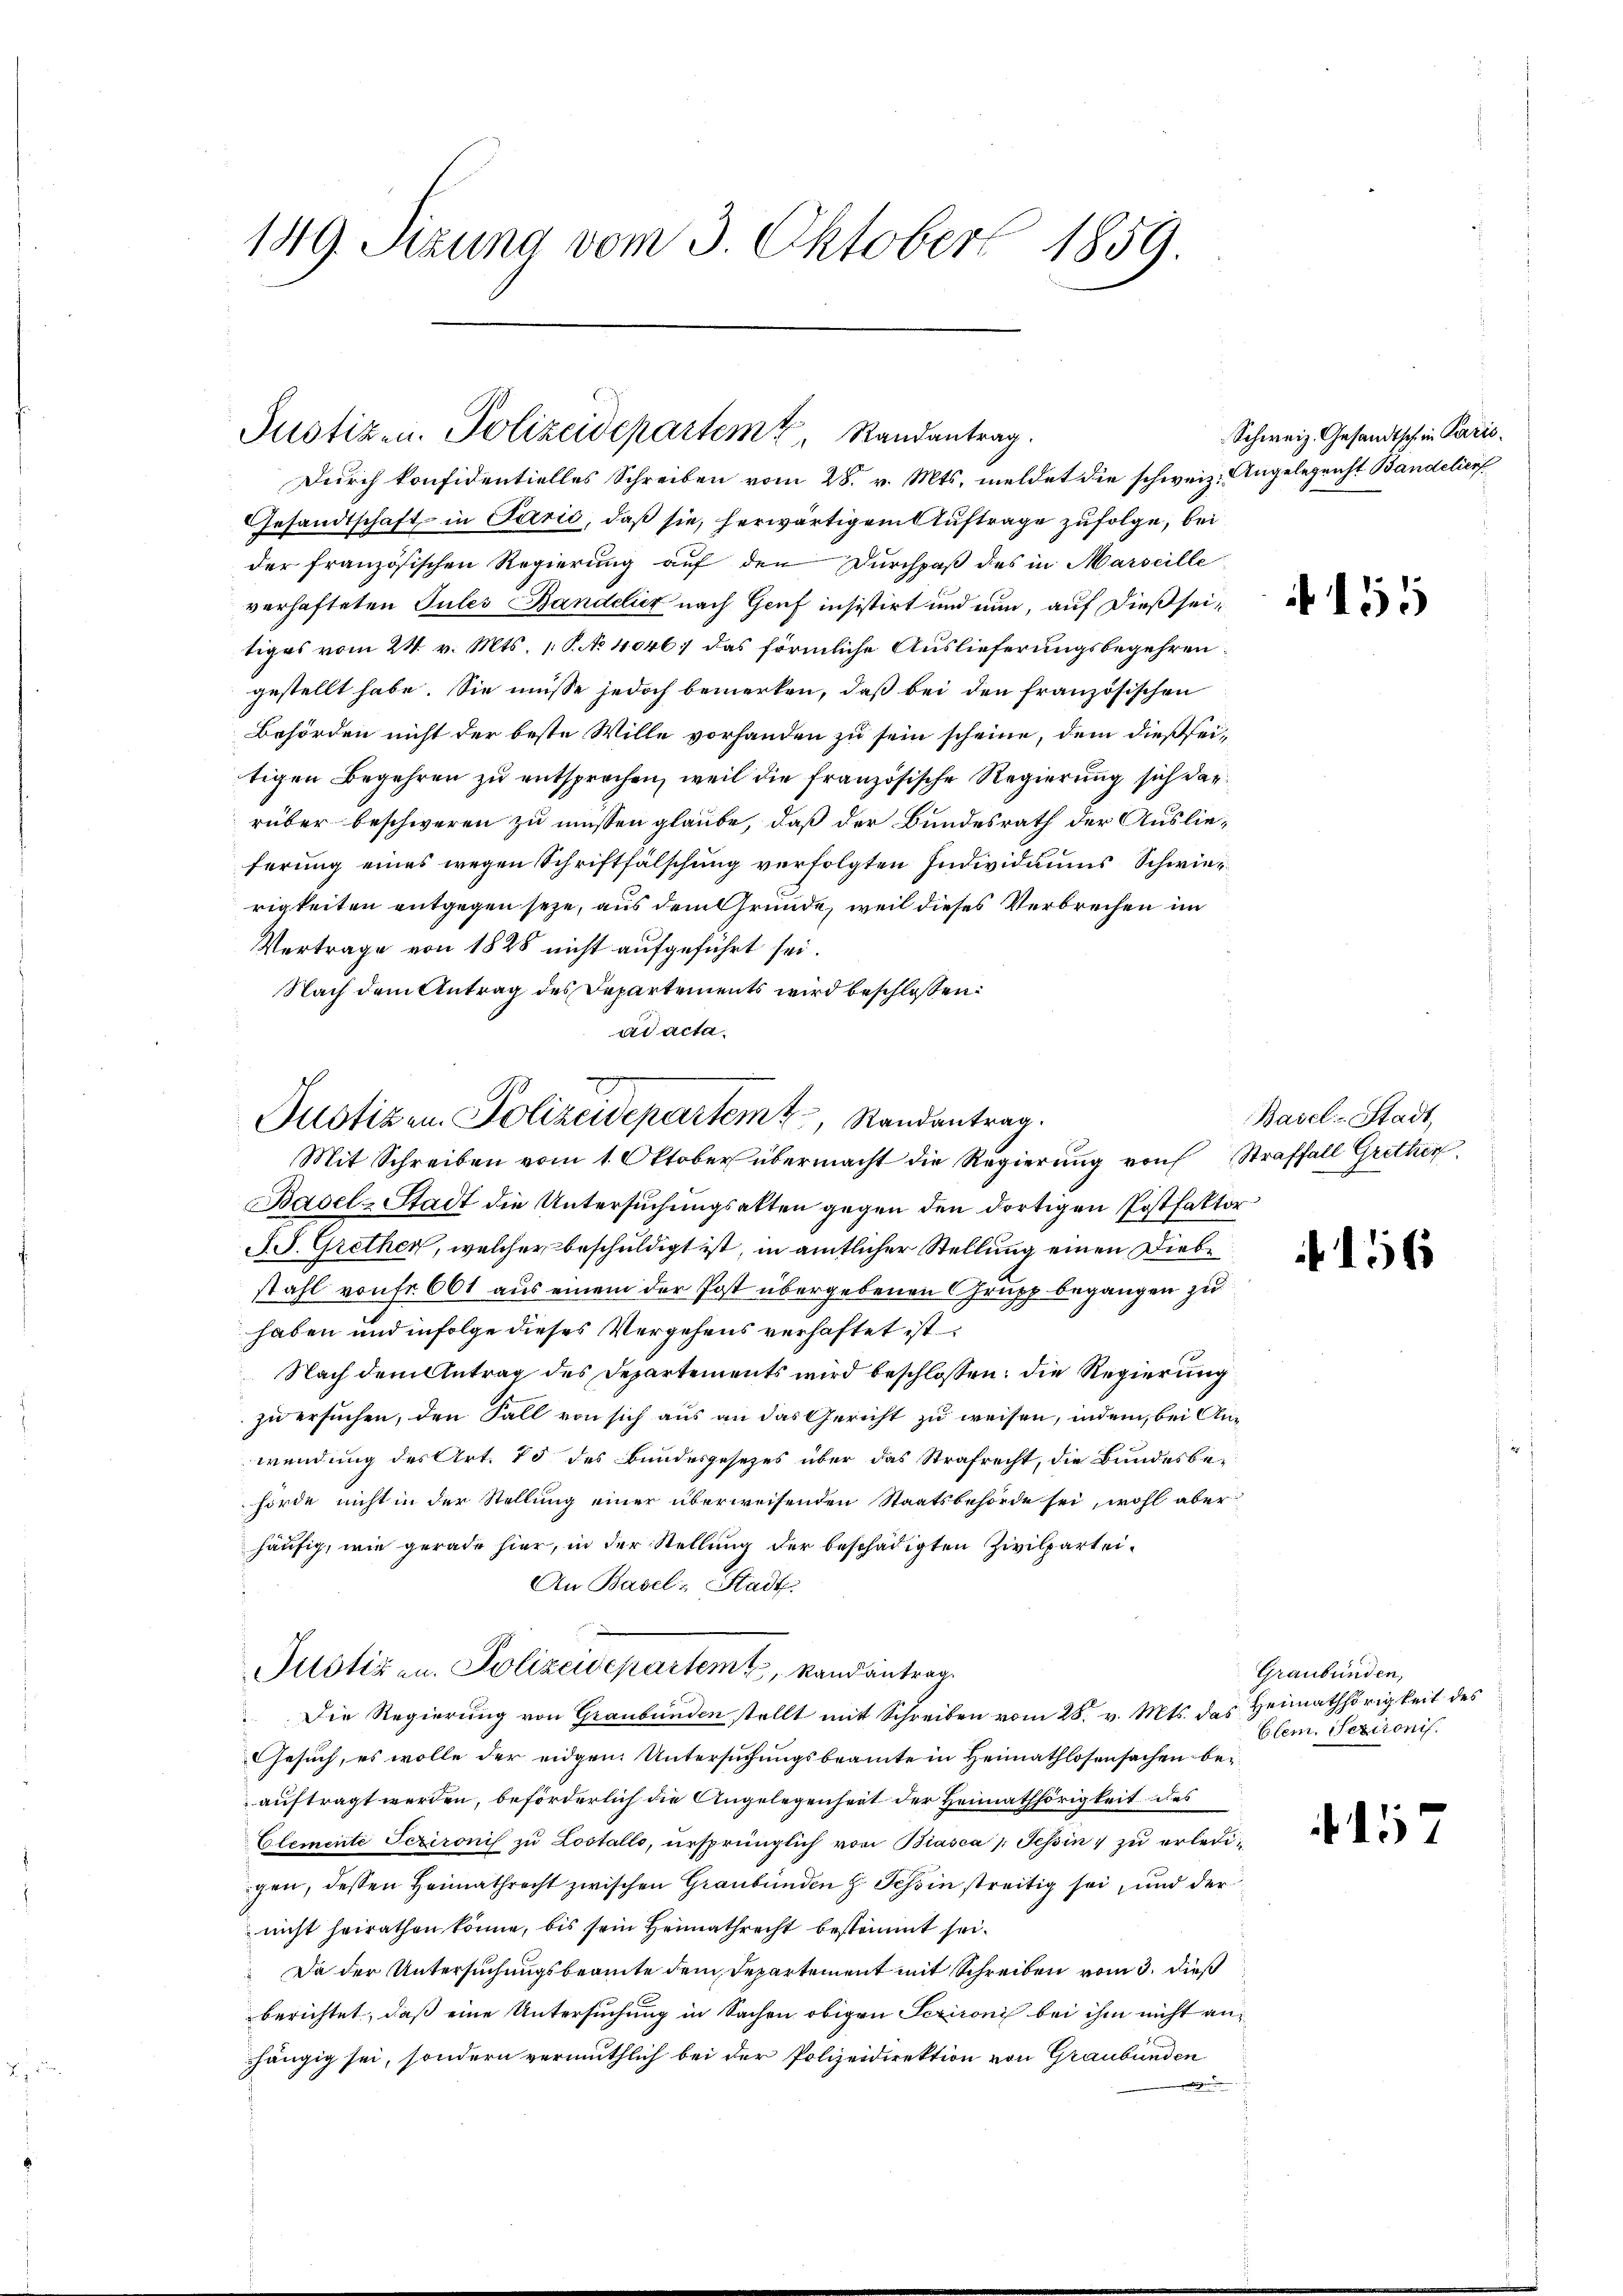
149. Sizung vom 3. Oktober 1859.

Gesandtschaft in Parić, daß sie, herwärtigem Auftrage zufolge, bei
der französischen Regierung auf den Durchpaß des in Marseille
verhafteten Jules Bandelicz nach Genf insistirt und nun, auf dießseitiges vom 24. v. Mts. 1. P. No 4046 das förmliche Auslieferungsbegehren
gestellt habe. Sie müsse jedoch bemerken, daß bei den französischen
Behörden nicht der beste Wille vorhanden zu sein scheine, dem dießseitigen Begehren zu entsprechen, weil die französische Regierung sich darrüber beschweren zu müssen glaube, daß der Bundesrath der Auslieferung eines wegen Schriftfälschung verfolgten Individuums Schwierrigkeiten entgegen seye, aus dem Gründe, weil dieses Verbrechen im
Vertrage von 1828 nicht aufgeführt sei.
Nach dem Antrag des Departements wird beschlossen:
ad acta.
Mit Schreiben vom 1. Oktober übermacht die Regierung von Straffall Grither
Basel-Stadt die Untersuchungsakten gegen den dortigen Postfaktor
SS. Grether, welcher beschuldigt ist, in amtlicher Stellung einen Diebe
stahl von fr. 661 aus einem der Post übergebenen Grupp begangen zu
haben und infolge dieses Vergehens verhaftet ist
Nach dem Antrag des Departements wird beschlossen: die Regierung
zu ersuchen, den Fall von sich aus an das Gericht zu weisen, indem, bei Anwendung des Art. 15 des Bundesgesetzes über das Strafrecht, die Bundesbehörde nicht in der Stellung einer überweisenden Staatsbehörde sei, wohl aber
häufig, wie gerade hier, in der Stellung der beschädigten Zivilpartei¬
An Basel-Stadt.
Justiz u. Polizeidepartem Randantrag
Die Regierung von Graubünden stellt mit Schreiben vom 28. v. Mts. des Heimathörigkeit des
Gesuch, es wolle der eidgen. Untersuchungsbeamte in Heimathlosensachen beauftragt werden, beförderlich die Angelegenheit der Heimathörigkeit des
Elemente Sczironis zŭ Lostallo, ursprünglich von Biasca /: Tessin zŭ erledigen, dessen Heimathrecht zwischen Graubünden H. Schin streitig sei, und der
nicht heirathen könne, bis sein Heimathrecht bestimmt sei.
Da der Untersuchungsbeamte dem Departement mit Schreiben vom 3. dieß
berichtet, daß eine Untersuchung in Sachen obigen Serironis bei ihm nicht anhängig sei, sondern vermuthlich bei der Polizeidirektion von Graubünden
e

Justizen. Polizeidepartem Randantrag.
Durch konfidentielles Schreiben vom 28. v. Mts. meldet die schweiz. Angelegrist Bandelier

Justizen Polizeidepartem Randantrag.

Schweiz. Gesandtsch in Paris.

151

Basel-Stadt,

156

Graubünden,
Clem. Serironis

4157